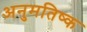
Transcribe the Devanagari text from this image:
अनुमतिष्क